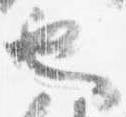
也